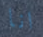
انا